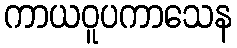
ကာယဝူပကာသေန